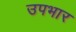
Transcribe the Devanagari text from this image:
उपभार